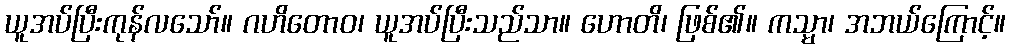
ယူအပ်ပြီးကုန်လသော်။ ဂဟိတောဝ၊ ယူအပ်ပြီးသည်သာ။ ဟောတိ၊ ဖြစ်၏။ ကသ္မာ၊ အဘယ်ကြောင့်။